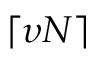
\lceil \upsilon N \rceil